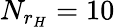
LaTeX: N_{r_{H}}=10